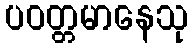
ပဝတ္တမာနေသု